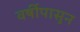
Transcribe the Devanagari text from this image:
वर्षीपासुन